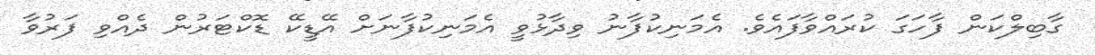
ގާބިލްކަން ފާހަގަ ކުރައްވާފައެވެ. އެމަނިކުފާނު ވިދާޅުވީ އެމަނިކުފާނަށް އޭޑީކޭ ޑޮކްޓަރުން ދެއްވި ފަރުވާ